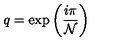
q = \mathrm { e x p } \left( \frac { i \pi } { { \cal N } } \right)